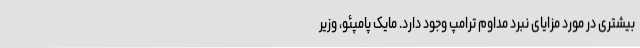
بیشتری در مورد مزایای نبرد مداوم ترامپ وجود دارد. مایک پامپئو، وزیر